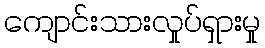
ကျောင်းသားလှုပ်ရှားမှု